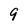
Character: 9